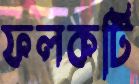
ফলকটি